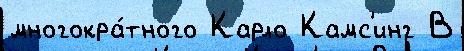
многокра́тного Карло Камс'инг В